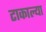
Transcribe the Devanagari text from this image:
टाकाल्या